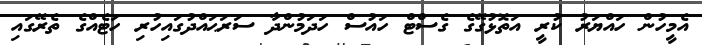
އެމީހުން ހައްޔަރު ކުރީ އަތޮޅުގޭގެ ގެސްޓް ހައުސް ހަދަމުންދާ ސަރަޙައްދުގައިހުރި ހަޓެއްގެ ތެރޭގައި